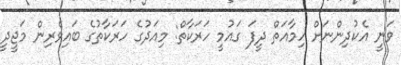
ވަނީ އެކުދިންނަށް ހިމާއަތް ދީފަ ގައުމީ ހަރަކާތް: މިއަދުގެ ހަރަކާތުގެ ބައިވެރިން މަޖީދީ